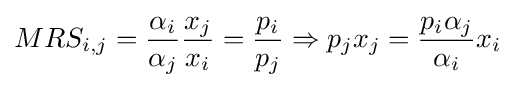
MRS_{i,j}={\frac {\alpha _{i}}{\alpha _{j}}}{x_{j} \over x_{i}}={p_{i} \over p_{j}}\Rightarrow p_{j}x_{j}={p_{i}\alpha _{j} \over \alpha _{i}}x_{i}